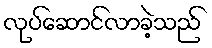
လုပ်ဆောင်လာခဲ့သည်